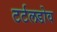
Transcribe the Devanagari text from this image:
टर्टलडोव